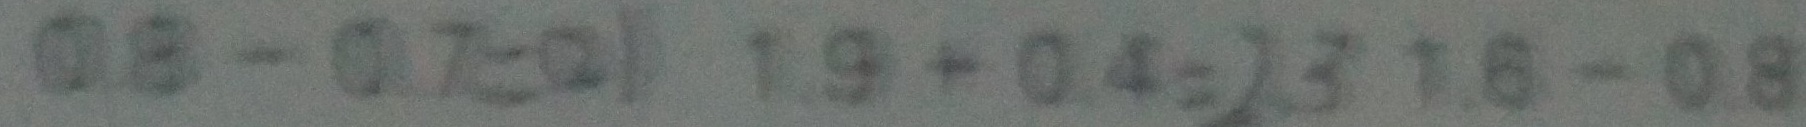
0 . 8 - 0 . 7 = 0 . 1 1 . 9 + 0 . 4 = 2 . 3 1 . 6 - 0 . 8